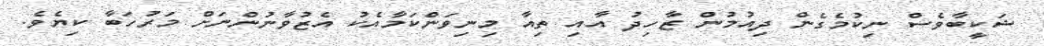
ޝަކީބާވެސް ނިކުމެގެން ދިއުމުން ޒާހިދު އާއި ތިއާ މިނިވަންކަމާއެކު އެޒުވާނުންނަށް މަރުހަބާ ކިޔެވެ.